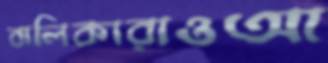
বালিকারাওআ